Problem: 10 - 7 = ?
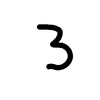
Handwritten answer: 3